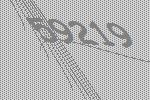
59219